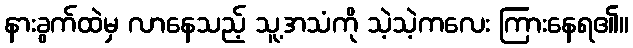
နားခွက်ထဲမှ လာနေသည့် သူ့အသံကို သဲ့သဲ့ကလေး ကြားနေရ၏။